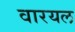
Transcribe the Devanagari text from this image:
वारयल